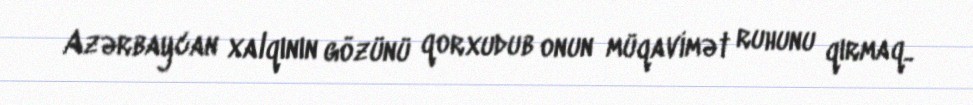
Azərbaycan xalqının gözünü qorxudub onun müqavimət ruhunu qırmaq..